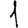
Digit: 1